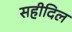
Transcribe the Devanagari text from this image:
सहीदिल